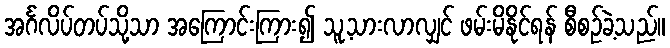
အင်္ဂလိပ်တပ်သို့သာ အကြောင်းကြား၍ သူ့သားလာလျှင် ဖမ်းမိနိုင်ရန် စီစဉ်ခဲ့သည်။